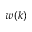
w ( k )